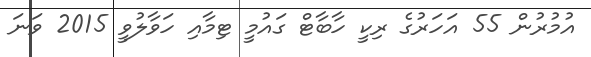
އުމުރުން 55 އަހަރުގެ ރިކީ ހާބާޓް ގައުމީ ޓިމާއި ހަވާލުވީ 2015 ވަނަ